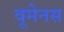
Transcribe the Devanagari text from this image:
वूमेनस